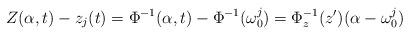
LaTeX: \begin{align*} Z(\alpha,t)-z_j(t)=\Phi^{-1}(\alpha,t)-\Phi^{-1}(\omega_0^j)=\Phi^{-1}_z(z')(\alpha-\omega_0^j)\end{align*}